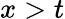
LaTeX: x>t